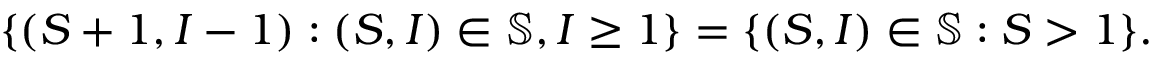
\{ ( S + 1 , I - 1 ) : ( S , I ) \in \mathbb { S } , I \geq 1 \} = \{ ( S , I ) \in \mathbb { S } : S > 1 \} .